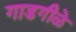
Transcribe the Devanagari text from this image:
गाडगीळे